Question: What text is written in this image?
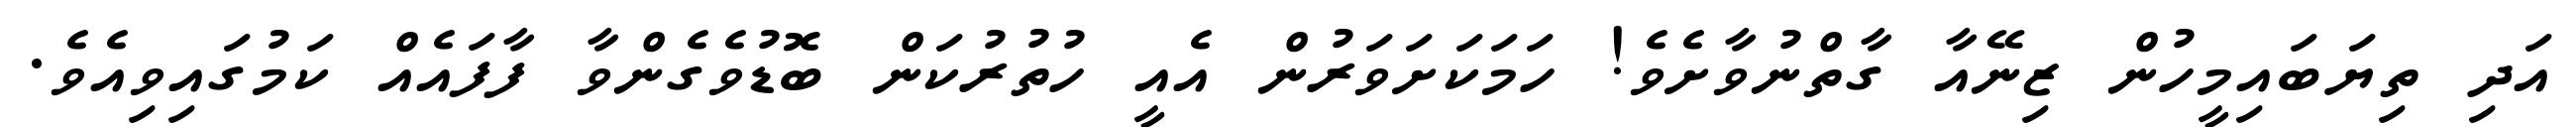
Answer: އަދި ތިޔަބައިމީހުން ޒިނޭއާ ގާތްނުވާށެވެ! ހަމަކަށަވަރުން އެއީ ހުތުރުކަން ބޮޑުވެގެންވާ ފާފައެއް ކަމުގައިވިއެވެ.